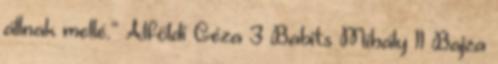
állnak mellé.” Alföldi Géza 3 Babits Mihály 11 Bajza